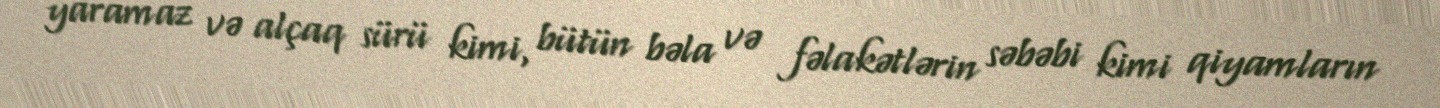
yaramaz və alçaq sürü kimi, bütün bəla və fəlakətlərin səbəbi kimi qiyamların